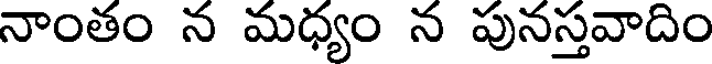
నాంతం న మధ్యం న పునస్తవాదిం